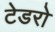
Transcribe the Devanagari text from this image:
टेडरो